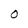
Character: O